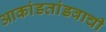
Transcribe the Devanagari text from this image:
आकांडतांडवाची